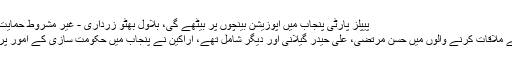
پیپلز پارٹی پنجاب میں اپوزیشن بینچوں پر بیٹھے گی، بلاول بھٹو زرداری - غیر مشروط حمایت نہیں کریں گے
؎بلاول بھٹو سے ملاقات کرنے والوں میں حسن مرتضیٰ، علی حیدر گیلانی اور دیگر شامل تھے، اراکین نے پنجاب میں حکومت سازی کے امور پر تبادلہ خیال کیا۔